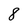
Character: 8